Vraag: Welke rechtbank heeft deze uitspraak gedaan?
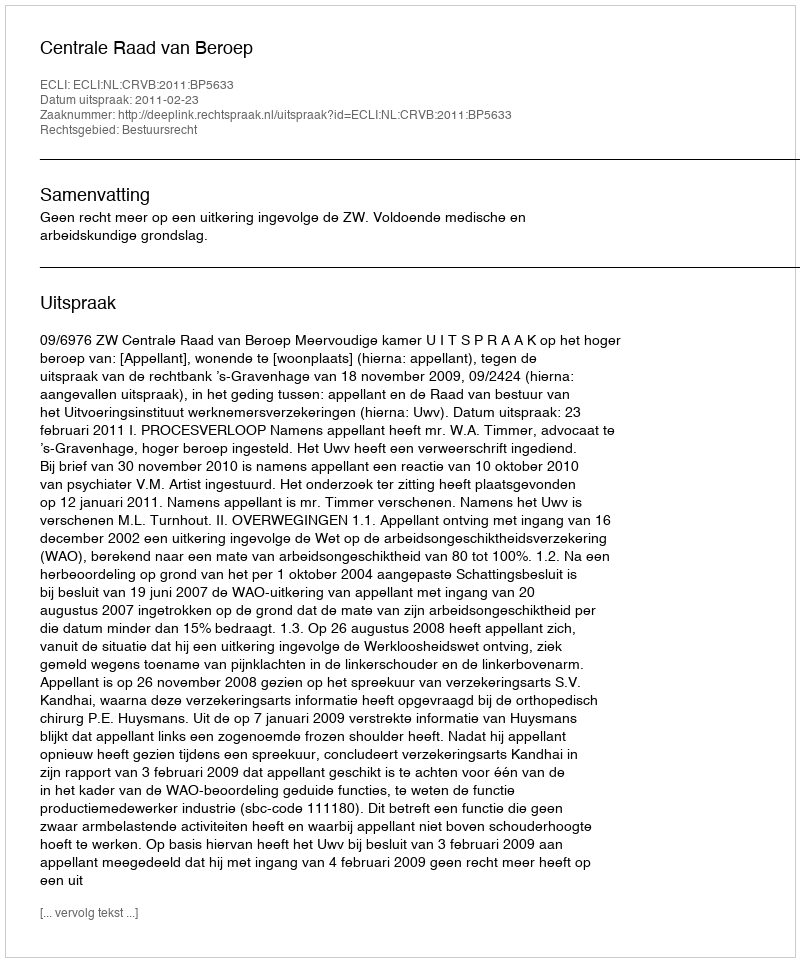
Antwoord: Centrale Raad van Beroep